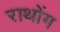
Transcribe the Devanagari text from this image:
राथोंग